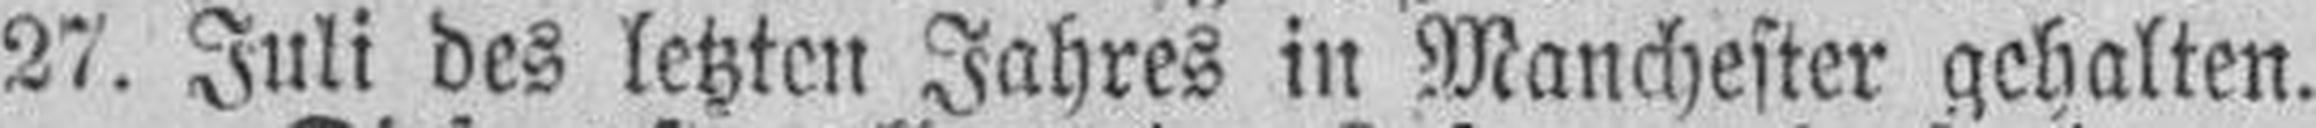
27. Juli des letzten Jahres in Manchester gehalten.